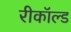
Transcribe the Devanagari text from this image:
रीकॉल्ड